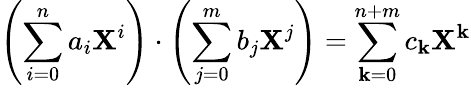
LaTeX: \left(\sum_{i=0}^{n}a_{i}\mathbf{X}^{i}\right)\cdot\left(\sum_{j=0}^{m}b_{j}\mathbf{X}^{j}\right)=\sum_{\mathbf{k}=0}^{n+m}c_{\mathbf{k}}\mathbf{X}^{\mathbf{k}}